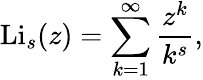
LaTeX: \mathrm{Li}_{s}(z)=\sum_{k=1}^{\infty}\frac{z^{k}}{k^{s}},